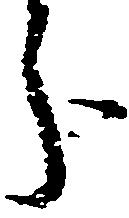
分